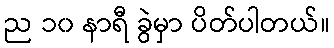
ည ၁၀ နာရီ ခွဲမှာ ပိတ်ပါတယ်။